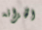
الخزانه